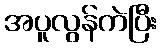
အပူလွန်ကဲပြီး